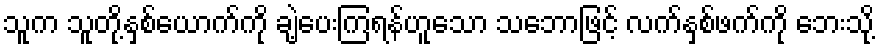
သူက သူတို့နှစ်ယောက်ကို ချဲ့ပေးကြရန်ဟူသော သဘောဖြင့် လက်နှစ်ဖက်ကို ဘေးသို့